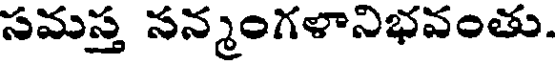
సమస్త నన్మంగళానిభవంతు.